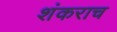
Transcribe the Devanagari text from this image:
शंकराच